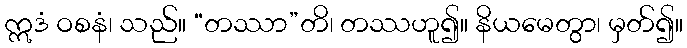
ဣဒံ ဝစနံ၊ သည်။ “တဿာ”တိ၊ တဿဟူ၍။ နိယမေတွာ၊ မှတ်၍။